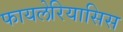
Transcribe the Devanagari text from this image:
फायलेरियासिस